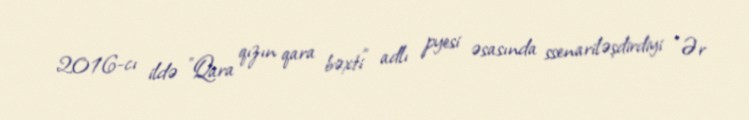
2016-cı ildə "Qara qızın qara bəxti" adlı pyesi əsasında ssenariləşdirdiyi "Ər